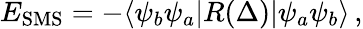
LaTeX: \begin{array}{r}{E_{\mathrm{SMS}}=-\langle\psi_{b}\psi_{a}|R(\Delta)|\psi_{a}\psi_{b}\rangle\, ,}\end{array}